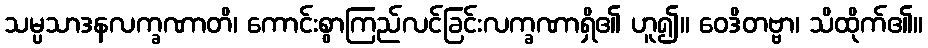
သမ္ပသာဒနလက္ခဏာတိ၊ ကောင်းစွာကြည်လင်ခြင်းလက္ခဏာရှိ၏ ဟူ၍။ ဝေဒိတဗ္ဗာ၊ သိထိုက်၏။